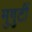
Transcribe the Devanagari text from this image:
मुगुटीं